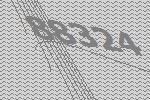
88324